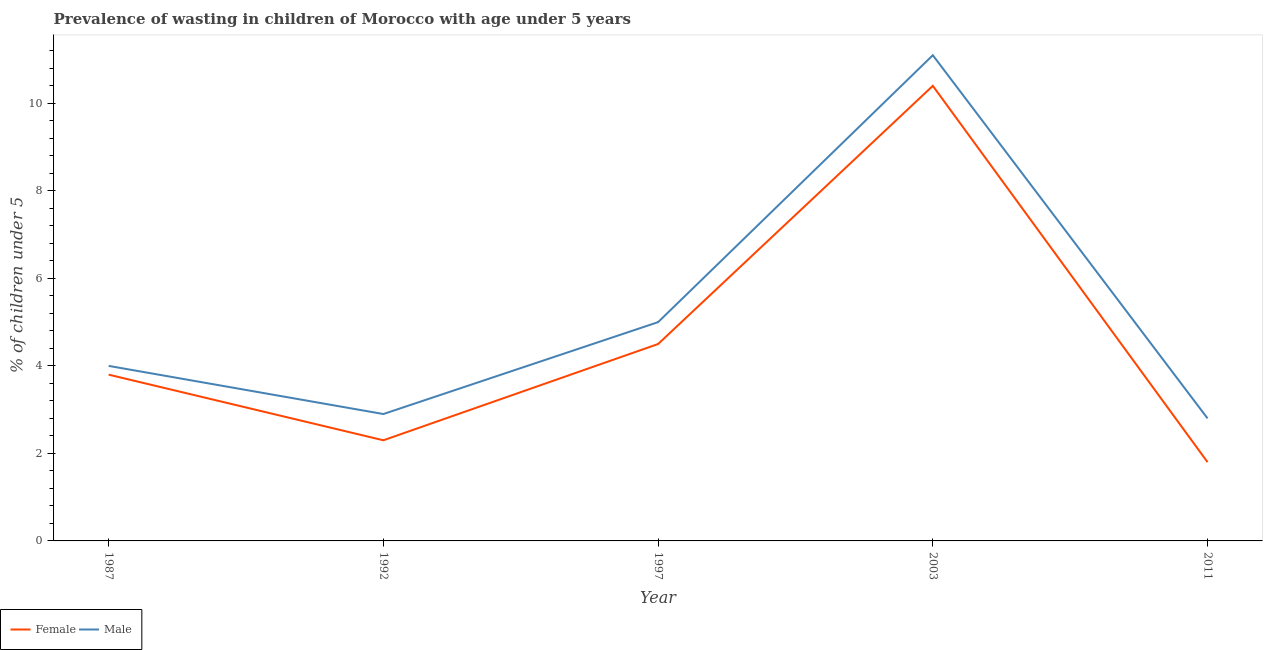
| Year | Female | Male |
 | --- | --- | --- |
 | 1987 | 3.8 | 4 |
 | 1992 | 2.3 | 2.9 |
 | 1997 | 4.5 | 5 |
 | 2003 | 10.4 | 11.1 |
 | 2011 | 1.8 | 2.8 |